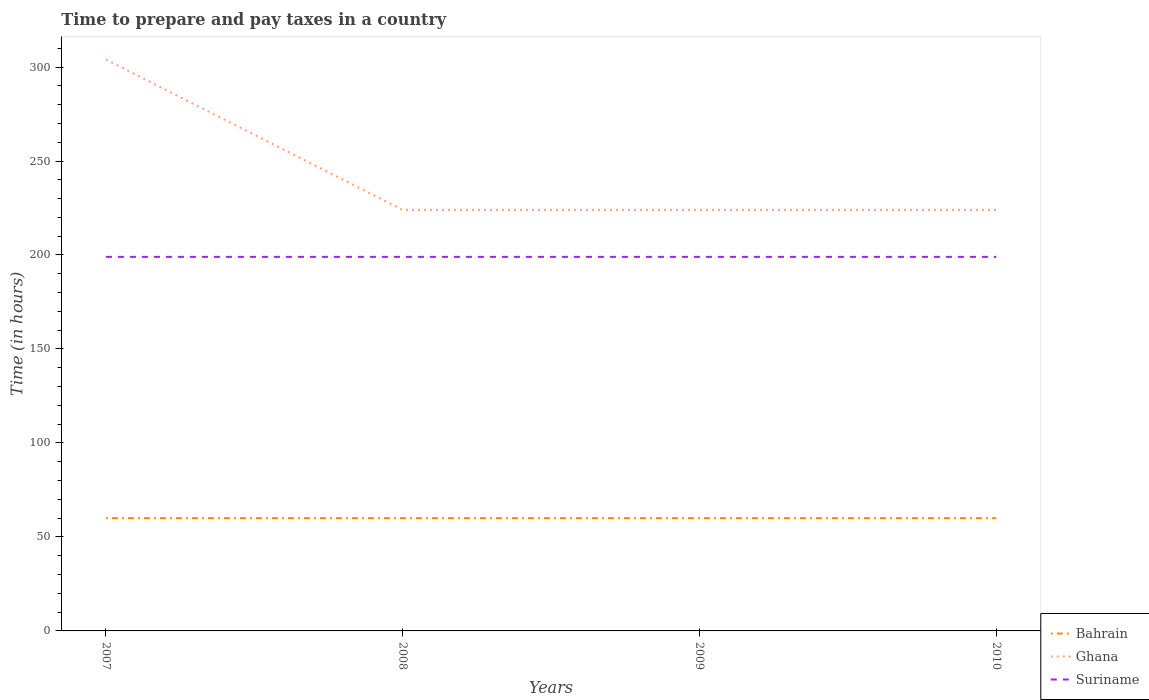
| Years | Bahrain | Ghana | Suriname |
 | --- | --- | --- | --- |
 | 2007 | 60 | 304 | 199 |
 | 2008 | 60 | 224 | 199 |
 | 2009 | 60 | 224 | 199 |
 | 2010 | 60 | 224 | 199 |